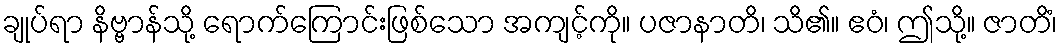
ချုပ်ရာ နိဗ္ဗာန်သို့ ရောက်ကြောင်းဖြစ်သော အကျင့်ကို။ ပဇာနာတိ၊ သိ၏။ ဧဝံ၊ ဤသို့။ ဇာတိံ၊